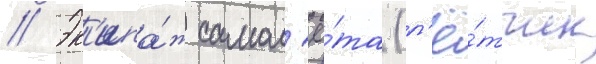
// Эк'ипа́ж самол'ё́та (л'ё́тчик